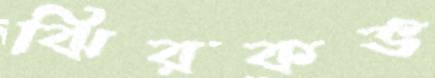
ঝিরকভ